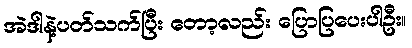
အဲဒါနဲ့ပတ်သက်ပြီး တော့လည်း ပြောပြပေးပါဦး။